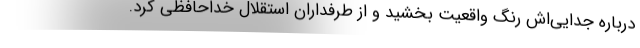
درباره جدایی‌اش رنگ واقعیت بخشید و از طرفداران استقلال خداحافظی کرد.